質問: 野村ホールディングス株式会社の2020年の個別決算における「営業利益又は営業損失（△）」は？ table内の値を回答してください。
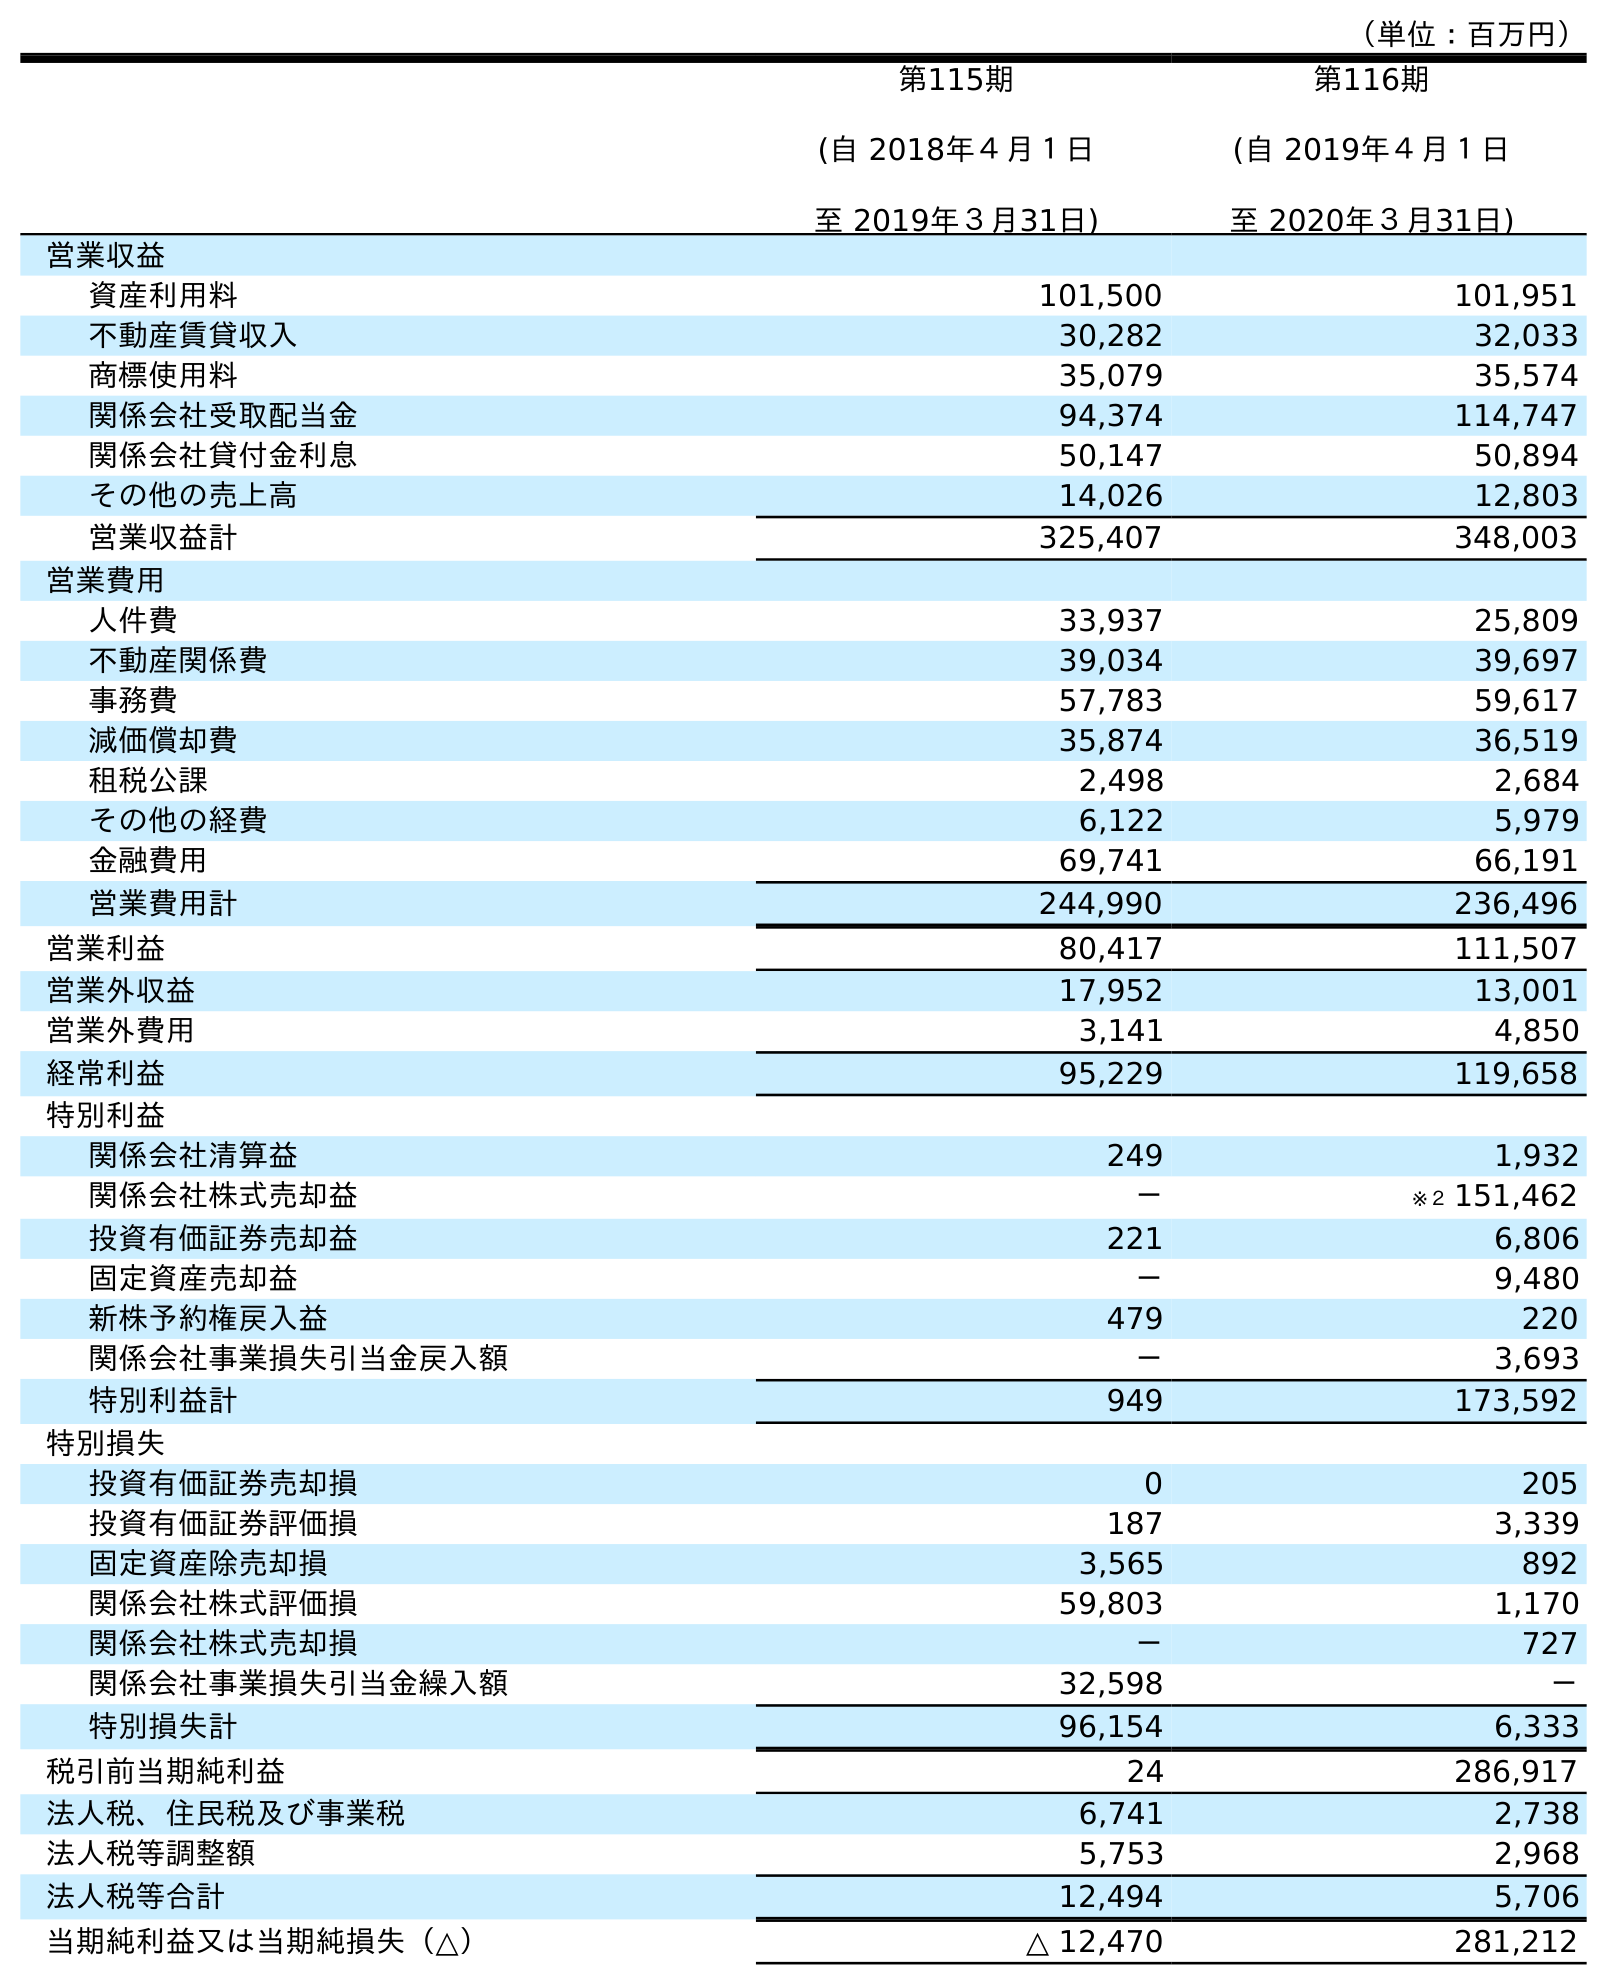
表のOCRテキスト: （単位：百万円） 第115期 (自 2018年４月１日 至 2019年３月31日) 第116期 (自 2019年４月１日 至 2020年３月31日) 営業収益 資産利用料 101,500 101,951 不動産賃貸収入 30,282 32,033 商標使用料 35,079 35,574 関係会社受取配当金 94,374 114,747 関係会社貸付金利息 50,147 50,894 その他の売上高 14,026 12,803 営業収益計 325,407 348,003 営業費用 人件費 33,937 25,809 不動産関係費 39,034 39,697 事務費 57,783 59,617 減価償却費 35,874 36,519 租税公課 2,498 2,684 その他の経費 6,122 5,979 金融費用 69,741 66,191 営業費用計 244,990 236,496 営業利益 80,417 111,507 営業外収益 17,952 13,001 営業外費用 3,141 4,850 経常利益 95,229 119,658 特別利益 関係会社清算益 249 1,932 関係会社株式売却益 － ※２ 151,462 投資有価証券売却益 221 6,806 固定資産売却益 － 9,480 新株予約権戻入益 479 220 関係会社事業損失引当金戻入額 － 3,693 特別利益計 949 173,592 特別損失 投資有価証券売却損 0 205 投資有価証券評価損 187 3,339 固定資産除売却損 3,565 892 関係会社株式評価損 59,803 1,170 関係会社株式売却損 － 727 関係会社事業損失引当金繰入額 32,598 － 特別損失計 96,154 6,333 税引前当期純利益 24 286,917 法人税、住民税及び事業税 6,741 2,738 法人税等調整額 5,753 2,968 法人税等合計 12,494 5,706 当期純利益又は当期純損失（△） △ 12,470 281,212
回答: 111,507